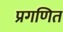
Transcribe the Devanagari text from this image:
प्रगणित